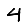
Digit: 4